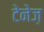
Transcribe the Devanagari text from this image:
टेनेज़